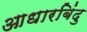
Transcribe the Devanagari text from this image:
आधारबिंदु